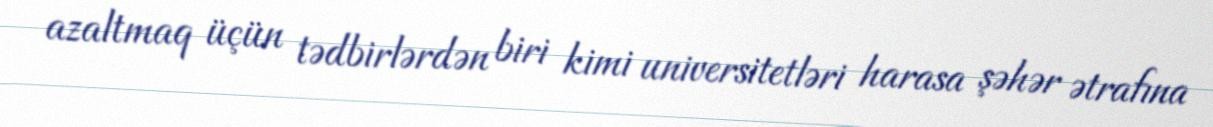
azaltmaq üçün tədbirlərdən biri kimi universitetləri harasa şəhər ətrafına